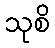
သုစိ